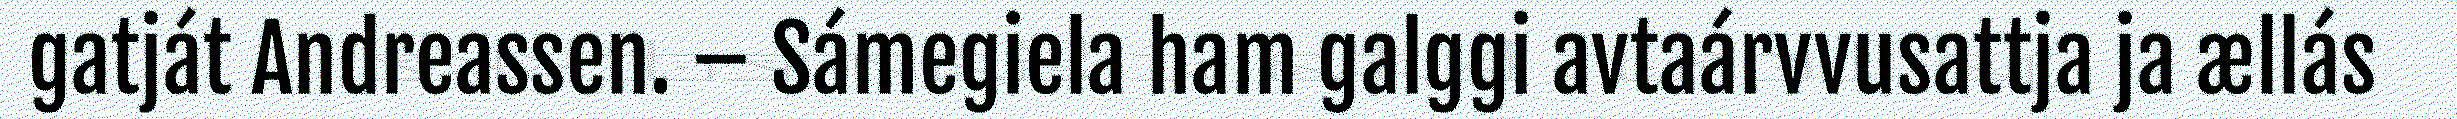
gatját Andreassen. – Sámegiela ham galggi avtaárvvusattja ja ællás